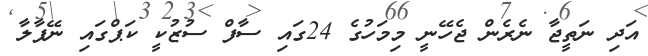
އަދި ނަތީޖާ ނެރެން ޖެހޭނީ މިމަހުގެ 24ގައި ސާފް ސުޒުކީ ކަޕްގައި ނޭޕާލާ